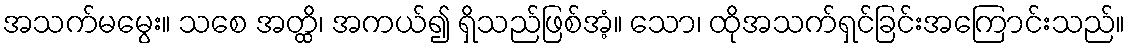
အသက်မမွေး။ သစေ အတ္ထိ၊ အကယ်၍ ရှိသည်ဖြစ်အံ့။ သော၊ ထိုအသက်ရှင်ခြင်းအကြောင်းသည်။